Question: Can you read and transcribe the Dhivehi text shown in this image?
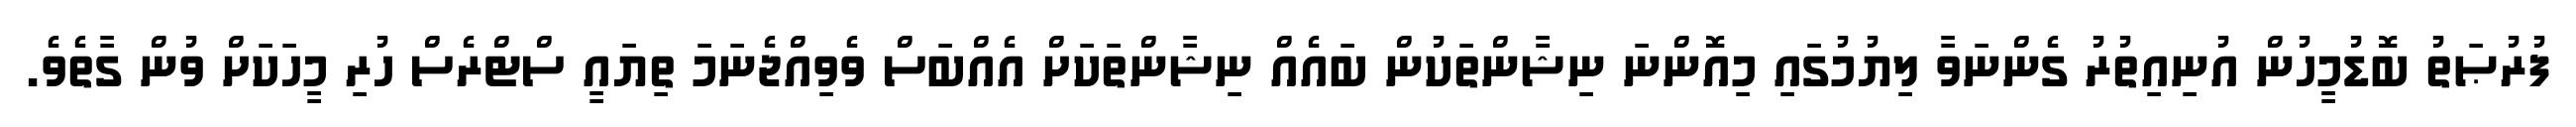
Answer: ފުރުޞަތު ބޮޑުމީހުން އުނިއިތުރު ގެންނަވާ ލިޔުމުގައި މިއޮންނަ ނިޝާންތަކުން ބައެއް ނިޝާންތަކަށް އެއްބަސް ވެވިއްޖެނަމަ ތިޔައީ ސްޓްރެސް ހުރި މީހަކަށް ވުން ގާތެވެ.